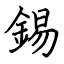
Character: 錫